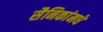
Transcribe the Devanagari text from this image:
सैनिकांमधे